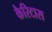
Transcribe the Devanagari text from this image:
कैरिटास